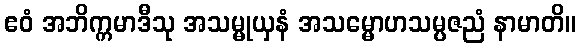
ဧဝံ အဘိက္ကမာဒီသု အသမ္မုယှနံ အသမ္မောဟသမ္ပဇညံ နာမာတိ။